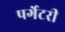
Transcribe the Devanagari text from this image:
पर्गेटरी